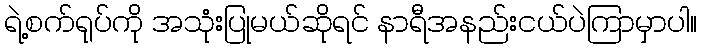
ရဲ့စက်ရုပ်ကို အသုံးပြုမယ်ဆိုရင် နာရီအနည်းငယ်ပဲကြာမှာပါ။